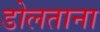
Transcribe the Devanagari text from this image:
डोलताना